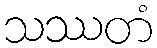
သဿတံ